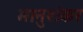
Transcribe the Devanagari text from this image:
भानुशंकर